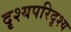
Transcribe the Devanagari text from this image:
दृश्यपरिदृश्य